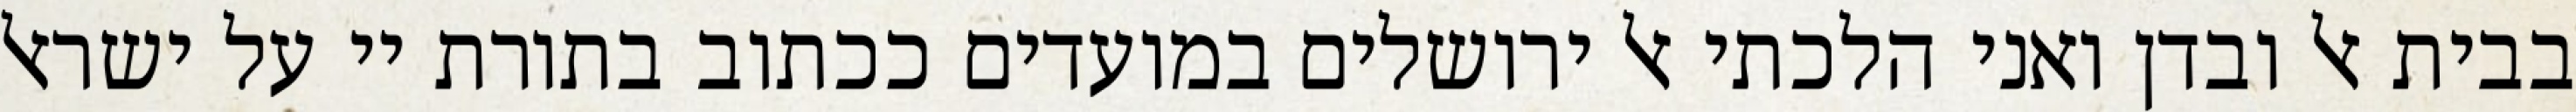
בבית אל ובדן ואני הלכתי אל ירושלים במועדים ככתוב בתורת יי על ישראל